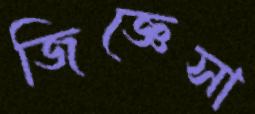
জিজ্ঞেসা